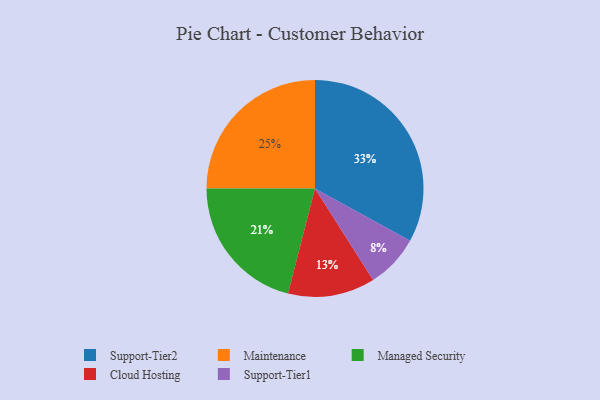
{"axis": {"x": "Category", "y": "Percentage"}, "legend": ["Cloud Hosting", "Maintenance", "Managed Security", "Support-Tier1", "Support-Tier2"], "data": [{"x": "Support-Tier1", "y": 8, "type": "Support-Tier1"}, {"x": "Cloud Hosting", "y": 13, "type": "Cloud Hosting"}, {"x": "Support-Tier2", "y": 33, "type": "Support-Tier2"}, {"x": "Maintenance", "y": 25, "type": "Maintenance"}, {"x": "Managed Security", "y": 21, "type": "Managed Security"}]}